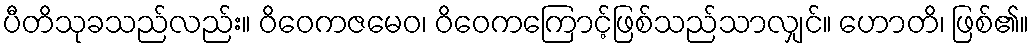
ပီတိသုခသည်လည်း။ ဝိဝေကဇမေဝ၊ ဝိဝေကကြောင့်ဖြစ်သည်သာလျှင်။ ဟောတိ၊ ဖြစ်၏။